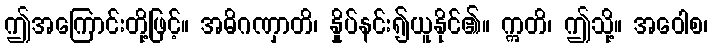
ဤအကြောင်းတို့ဖြင့်။ အဓိဂဏှာတိ၊ နှိုပ်နင်း၍ယူနိုင်၏။ ဣတိ၊ ဤသို့။ အဝေါစ၊